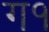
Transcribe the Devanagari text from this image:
ग१